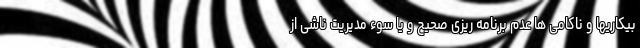
بیکاریها و ناکامی ها عدم برنامه ریزی صحیح و یا سوء مدیریت ناشی از